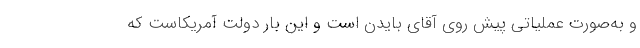
و به‌صورت عملیاتی پیش روی آقای بایدن است و این بار دولت آمریکاست که